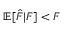
\mathbb { E } [ \hat { F } | F ] < F